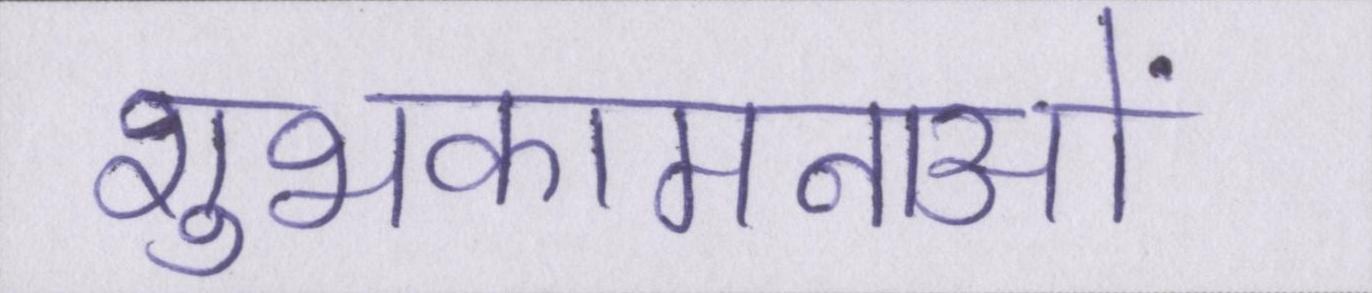
शुभकामनाओं